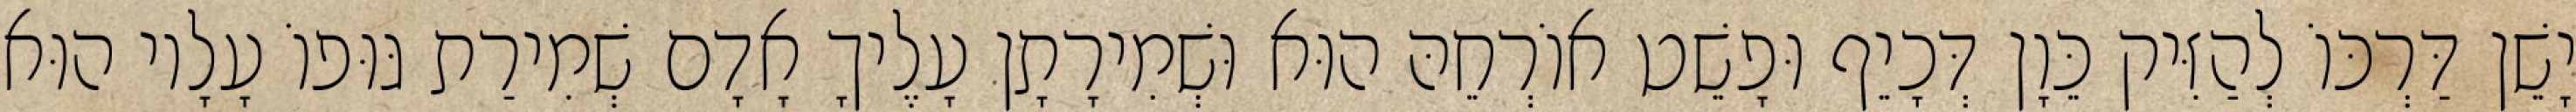
יָשֵׁן דַּרְכּוֹ לְהַזִּיק כֵּוָן דְּכָיֵף וּפָשֵׁט אוֹרְחֵהּ הוּא וּשְׁמִירָתָן עָלֶיךָ אָדָם שְׁמִירַת גּוּפוֹ עָלָיו הוּא